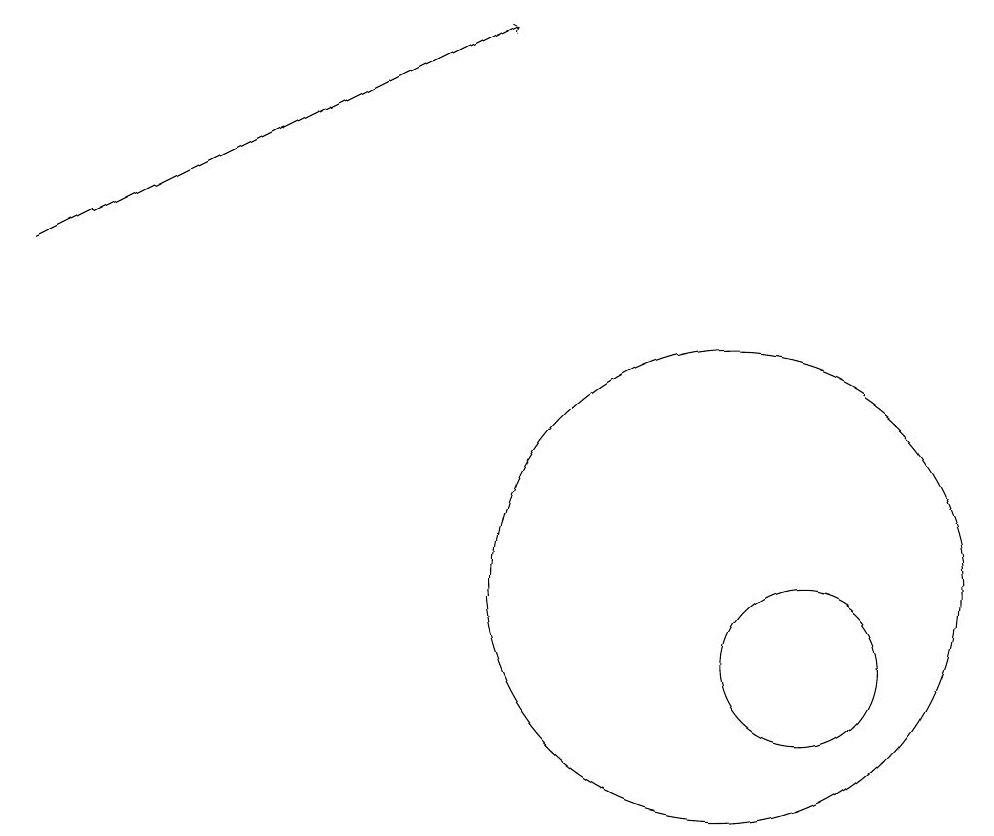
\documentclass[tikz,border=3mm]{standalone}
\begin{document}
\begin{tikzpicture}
\draw (10,12) circle (3);
\draw[->] (1,16) -- (7,19);
\draw (11,11) circle (1);
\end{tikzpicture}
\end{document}